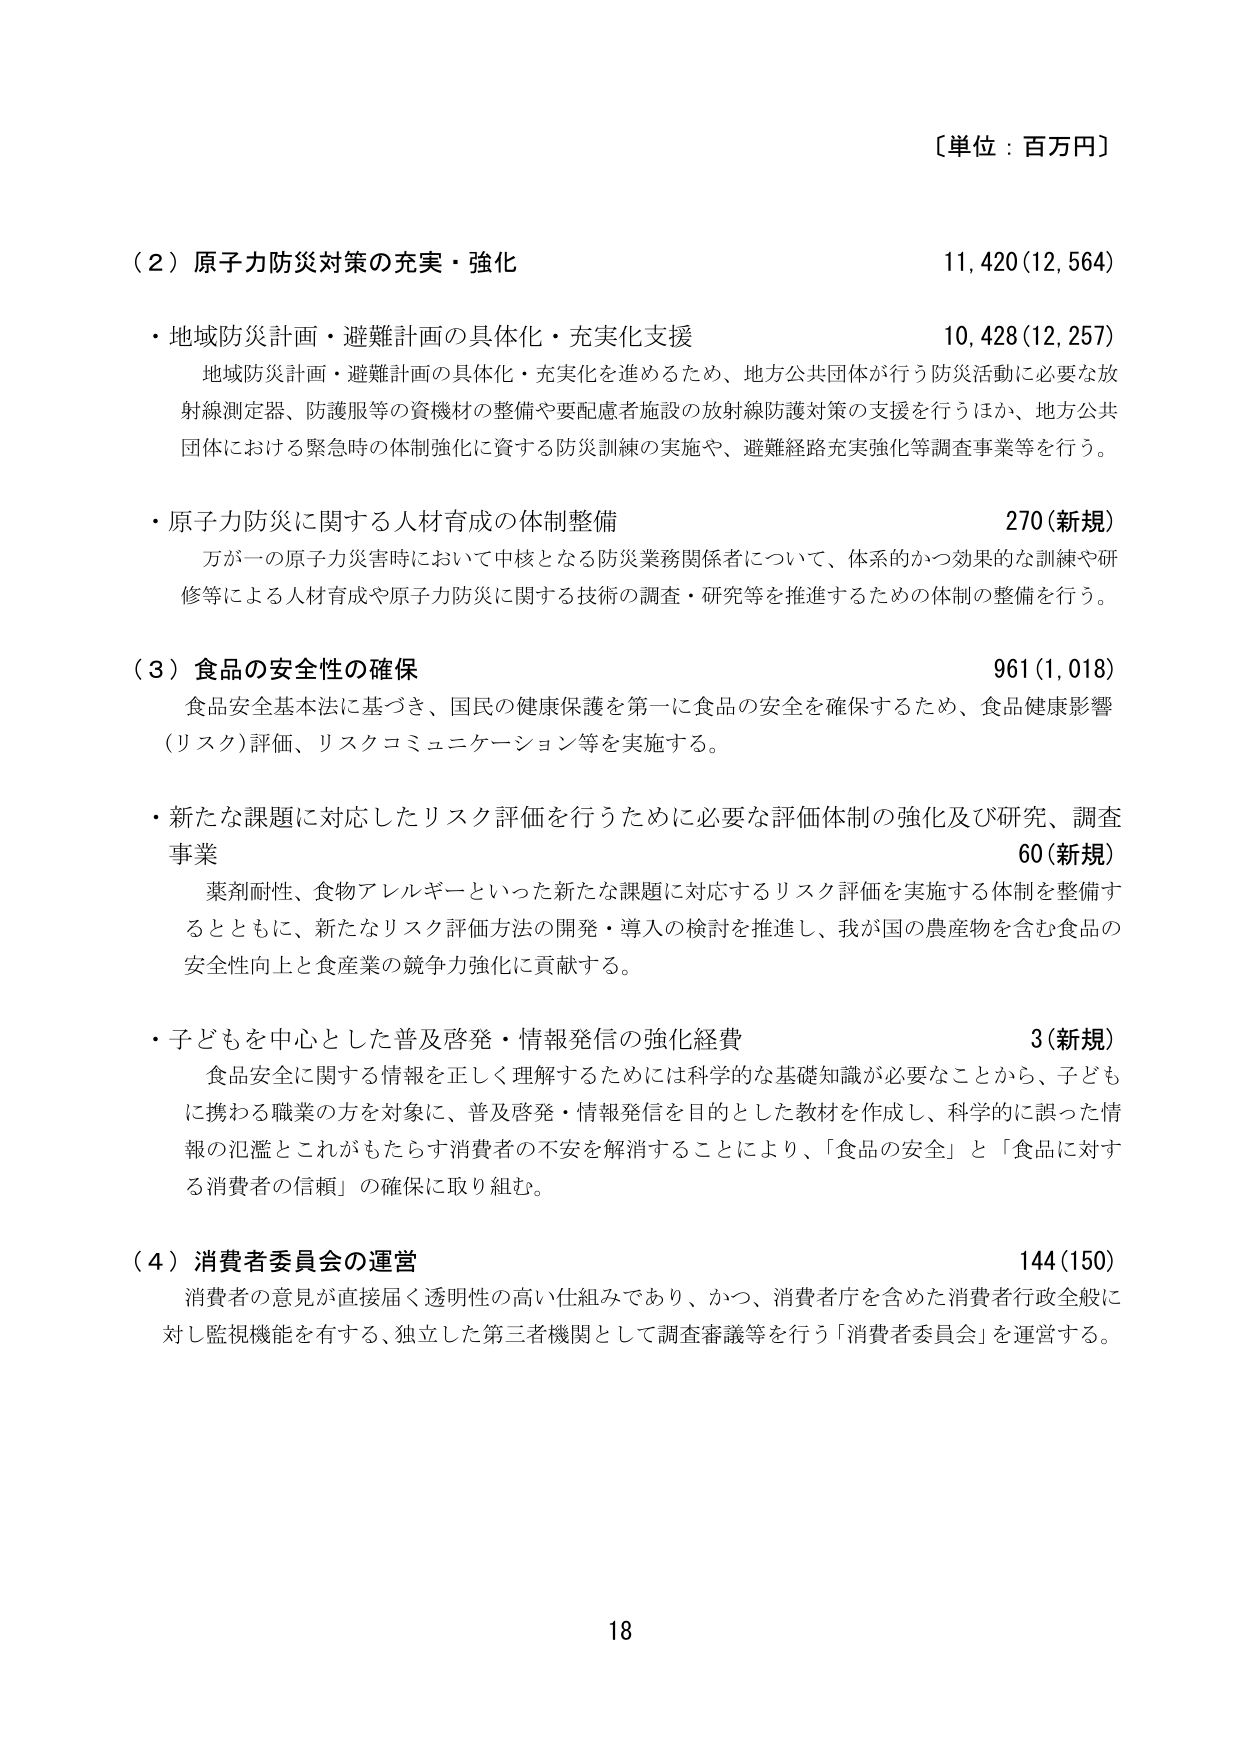
〔単位：百万円〕

（２）原子力防災対策の充実・強化　　　　　　　　　　　　　　　　　　　　　11,420（12,564）

・地域防災計画・避難計画の具体化・充実化支援　　　　　　　　　　　　　　10,428（12,257）
　地域防災計画・避難計画の具体化・充実化を進めるため、地方公共団体が行う防災活動に必要な放射線測定器、防護服等の資機材の整備や要配慮者施設の放射線防護対策の支援を行うほか、地方公共団体における緊急時の体制強化に資する防災訓練の実施や、避難経路充実強化等調査事業等を行う。

・原子力防災に関する人材育成の体制整備　　　　　　　　　　　　　　　　　270（新規）
　万が一の原子力災害時において中核となる防災業務関係者について、体系的かつ効果的な訓練や研修等による人材育成や原子力防災に関する技術の調査・研究等を推進するための体制の整備を行う。

（３）食品の安全性の確保　　　　　　　　　　　　　　　　　　　　　　　　　961（1,018）
　食品安全基本法に基づき、国民の健康保護を第一に食品の安全を確保するため、食品健康影響（リスク）評価、リスクコミュニケーション等を実施する。

・新たな課題に対応したリスク評価を行うために必要な評価体制の強化及び研究、調査事業　　　　　　　　　　　　　　　　　　　　　　　　　　　　　　　　　60（新規）
　薬剤耐性、食物アレルギーといった新たな課題に対応するリスク評価を実施する体制を整備するとともに、新たなリスク評価方法の開発・導入の検討を推進し、我が国の農産物を含む食品の安全性向上と食産業の競争力強化に貢献する。

・子どもを中心とした普及啓発・情報発信の強化経費　　　　　　　　　　　　3（新規）
　食品安全に関する情報を正しく理解するためには科学的な基礎知識が必要なことから、子どもに携わる職業の方を対象に、普及啓発・情報発信を目的とした教材を作成し、科学的に誤った情報の氾濫とこれがあたる消費者の不安を解消することにより、「食品の安全」と「食品に対する消費者の信頼」の確保に取り組む。

（４）消費者委員会の運営　　　　　　　　　　　　　　　　　　　　　　　　　144（150）
　消費者の意見が直接届く透明性の高い仕組みであり、かつ、消費者庁を含めた消費者行政全般に対し監視機能を有する、独立した第三者機関として調査審議等を行う「消費者委員会」を運営する。

18